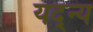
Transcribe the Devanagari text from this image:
यद्न्य